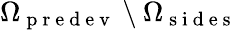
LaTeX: \Omega_{\mathrm{~p~r~e~d~e~v~}}\setminus\Omega_{\mathrm{~s~i~d~e~s~}}